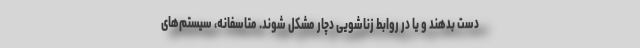
دست بدهند و یا در روابط زناشویی دچار مشکل شوند. متاسفانه، سیستم‌های